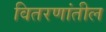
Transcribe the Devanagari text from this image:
वितरणांतील